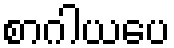
စာဂါယပေ